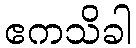
ဧကသိခါ